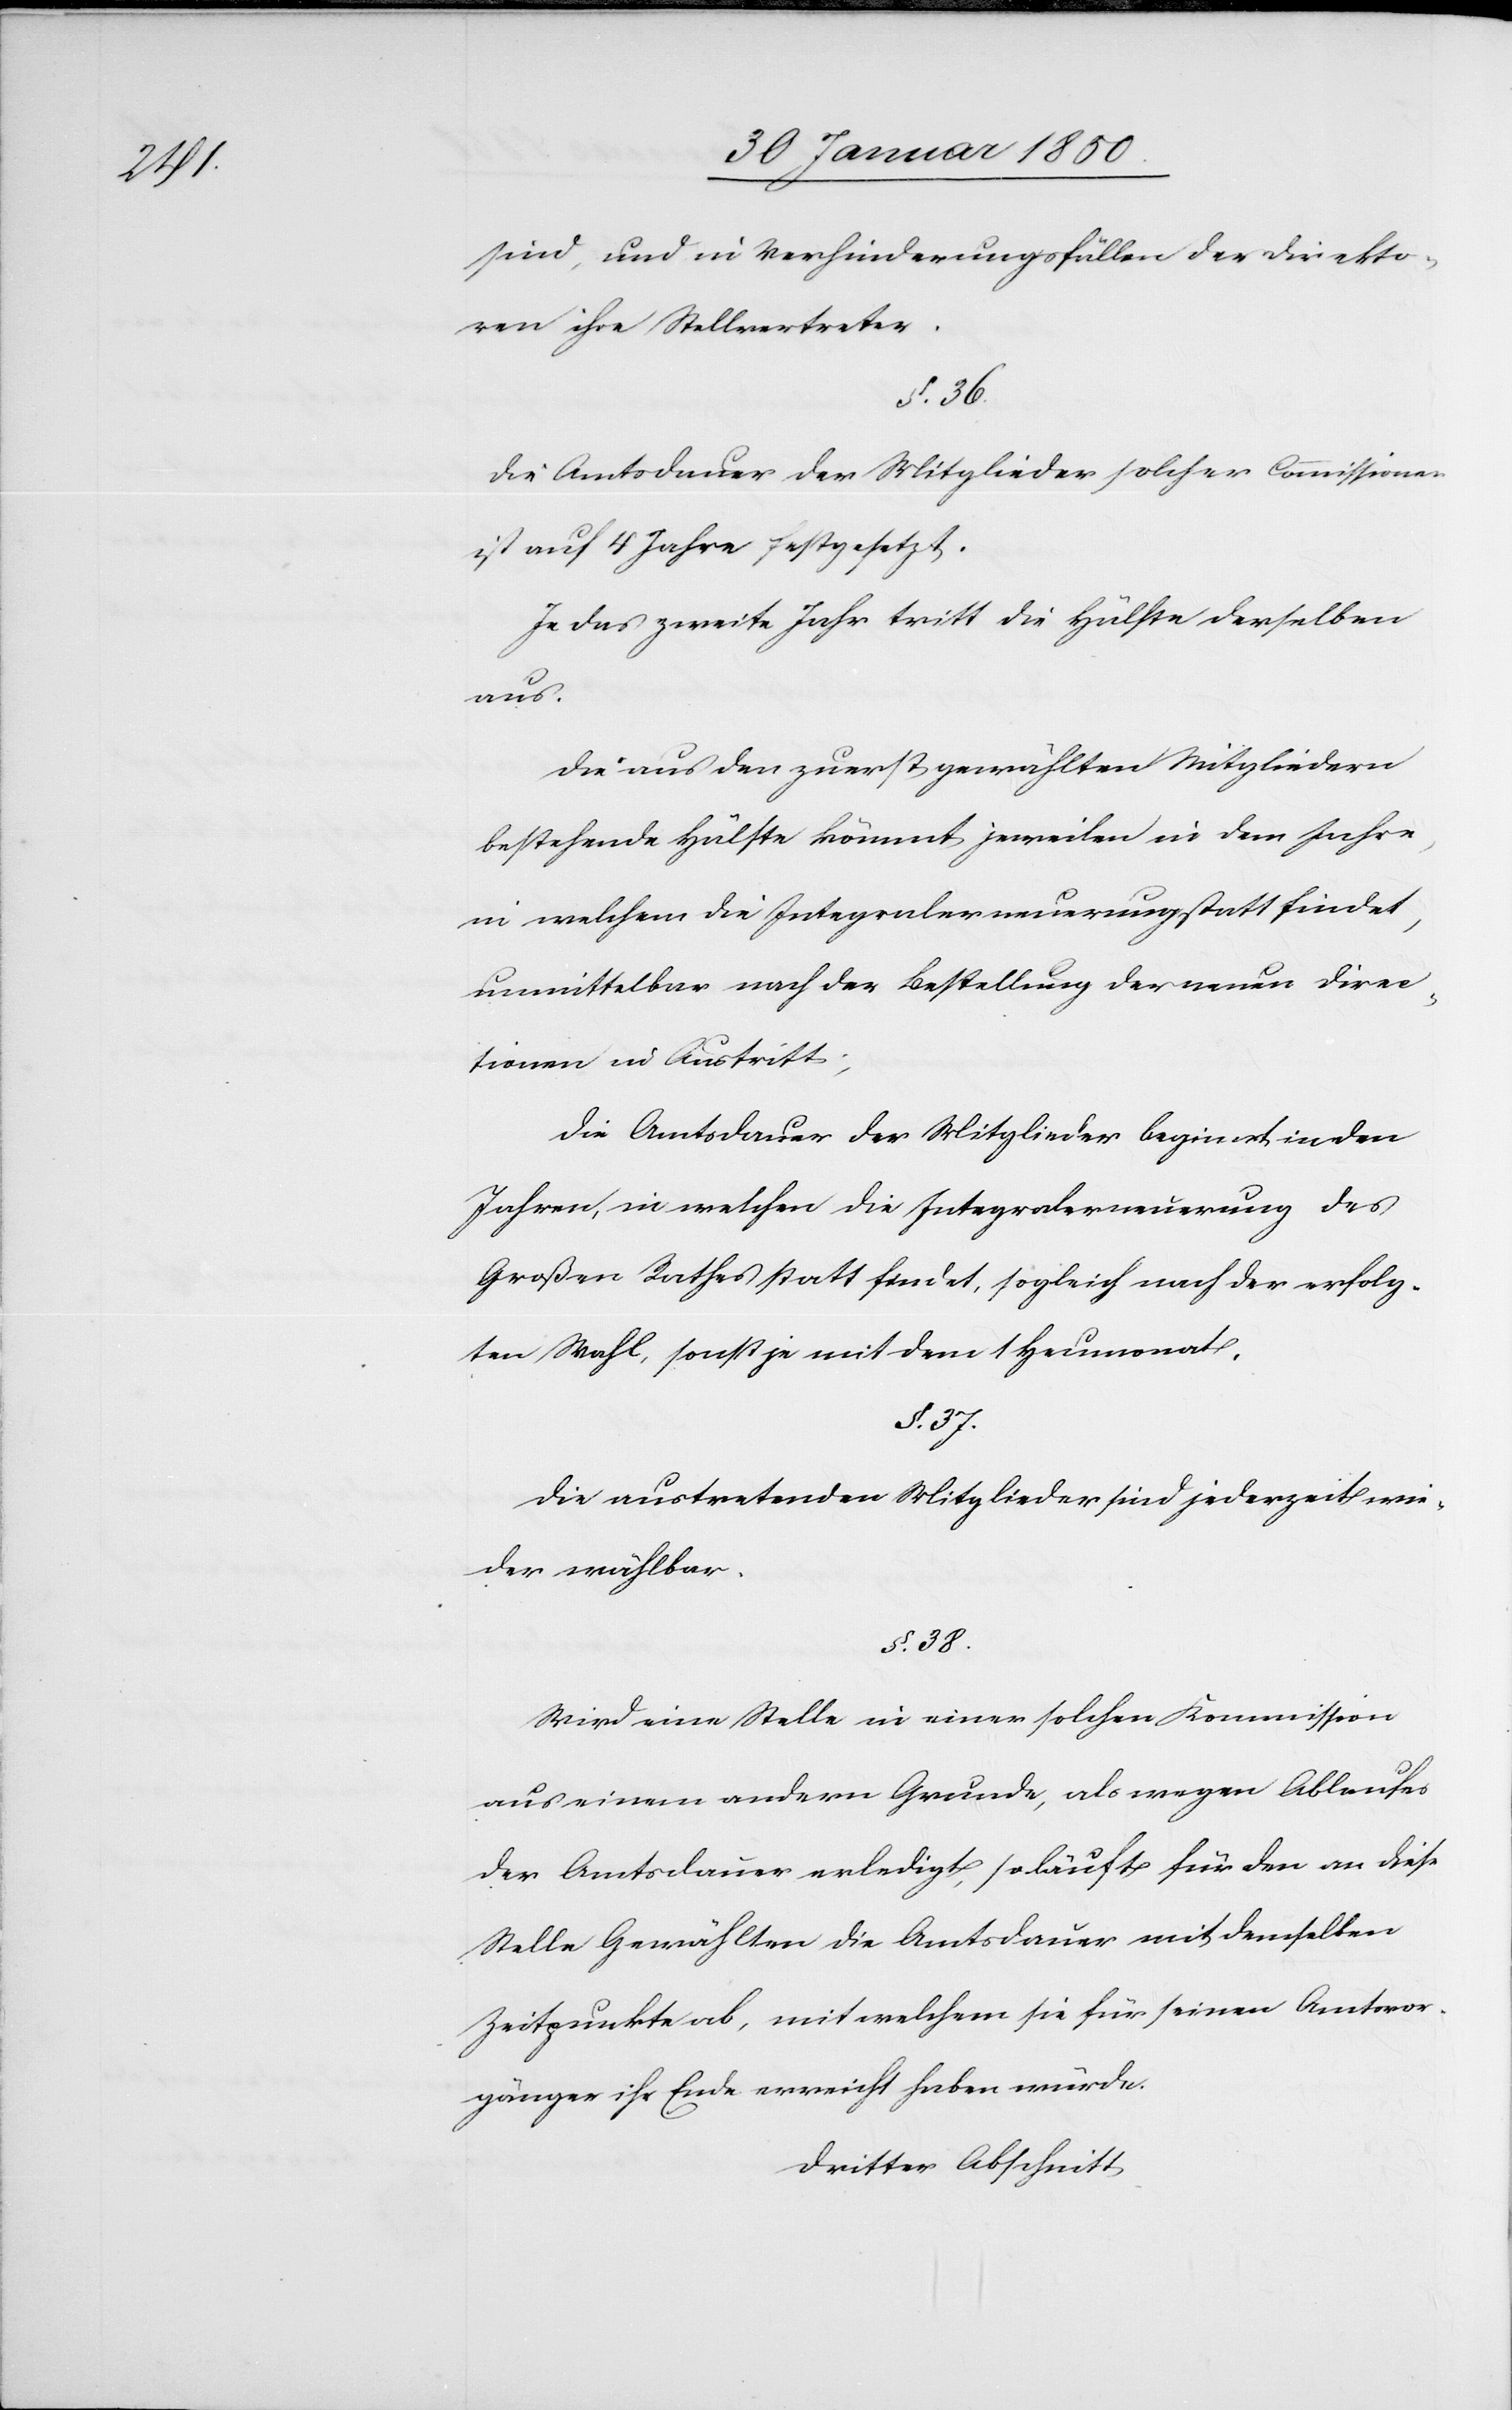
sind, und in Verhinderungsfällen der Direkto¬
ren ihre Stellvertreter.
§. 36.
Die Amtsdauer der Mitglieder solcher Commissionen
ist auf 4 Jahre festgesetzt.
Je das zweite Jahr tritt die Hälfte derselben
aus.
Die aus den zuerst gewählten Mitgliedern
bestehende Hälfte kömmt jeweilen in dem Jahre,
in welchem die Integralerneuerung statt findet,
unmittelbar nach der Bestellung der neuen Direc¬
tionen in Austritt;
Die Amtsdauer der Mitglieder beginnt in den
Jahren, in welchen die Integralerneuerung des
Großen Rathes statt findet, sogleich nach der erfolg¬
ten Wahl, sonst je mit dem 1 Heumonat.
§. 37.
Die austretenden Mitglieder sind jederzeit wie¬
der wählbar.
§. 38.
Wird eine Stelle in einer solchen Kommission
aus einem andern Grunde, als wegen Ablaufes
der Amtsdauer erledigt, so läuft für den an diese
Stelle Gewählten die Amtsdauer mit demselben
Zeitpunkte ab, mit welchem sie für seinen Amtsvor¬
gänger ihr Ende erreicht haben würde.
Dritter Abschnitt.